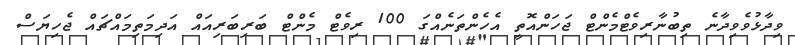
ވިދާޅުވެވިދާނެ ތިބުނާރިވެޓްމެންޓް ޖަހަންއޮތީ އެހެންތަނެއްގަ 100 ރިވެޓް މެންޓް ބަރިބަރިއައް އަދިމަތިމައްޗައް ޖެހިޔަސް